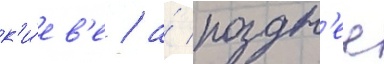
к'и́ев'е / а́ поздн'ее